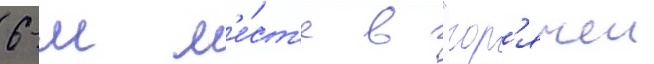
6-м м'е́ст'е в "гор'ячеи